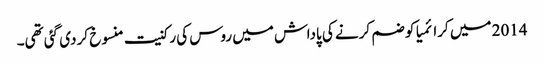
2014 میں کرائمیا کو ضم کرنے کی پاداش میں روس کی رکنیت منسوخ کر دی گئی تھی۔